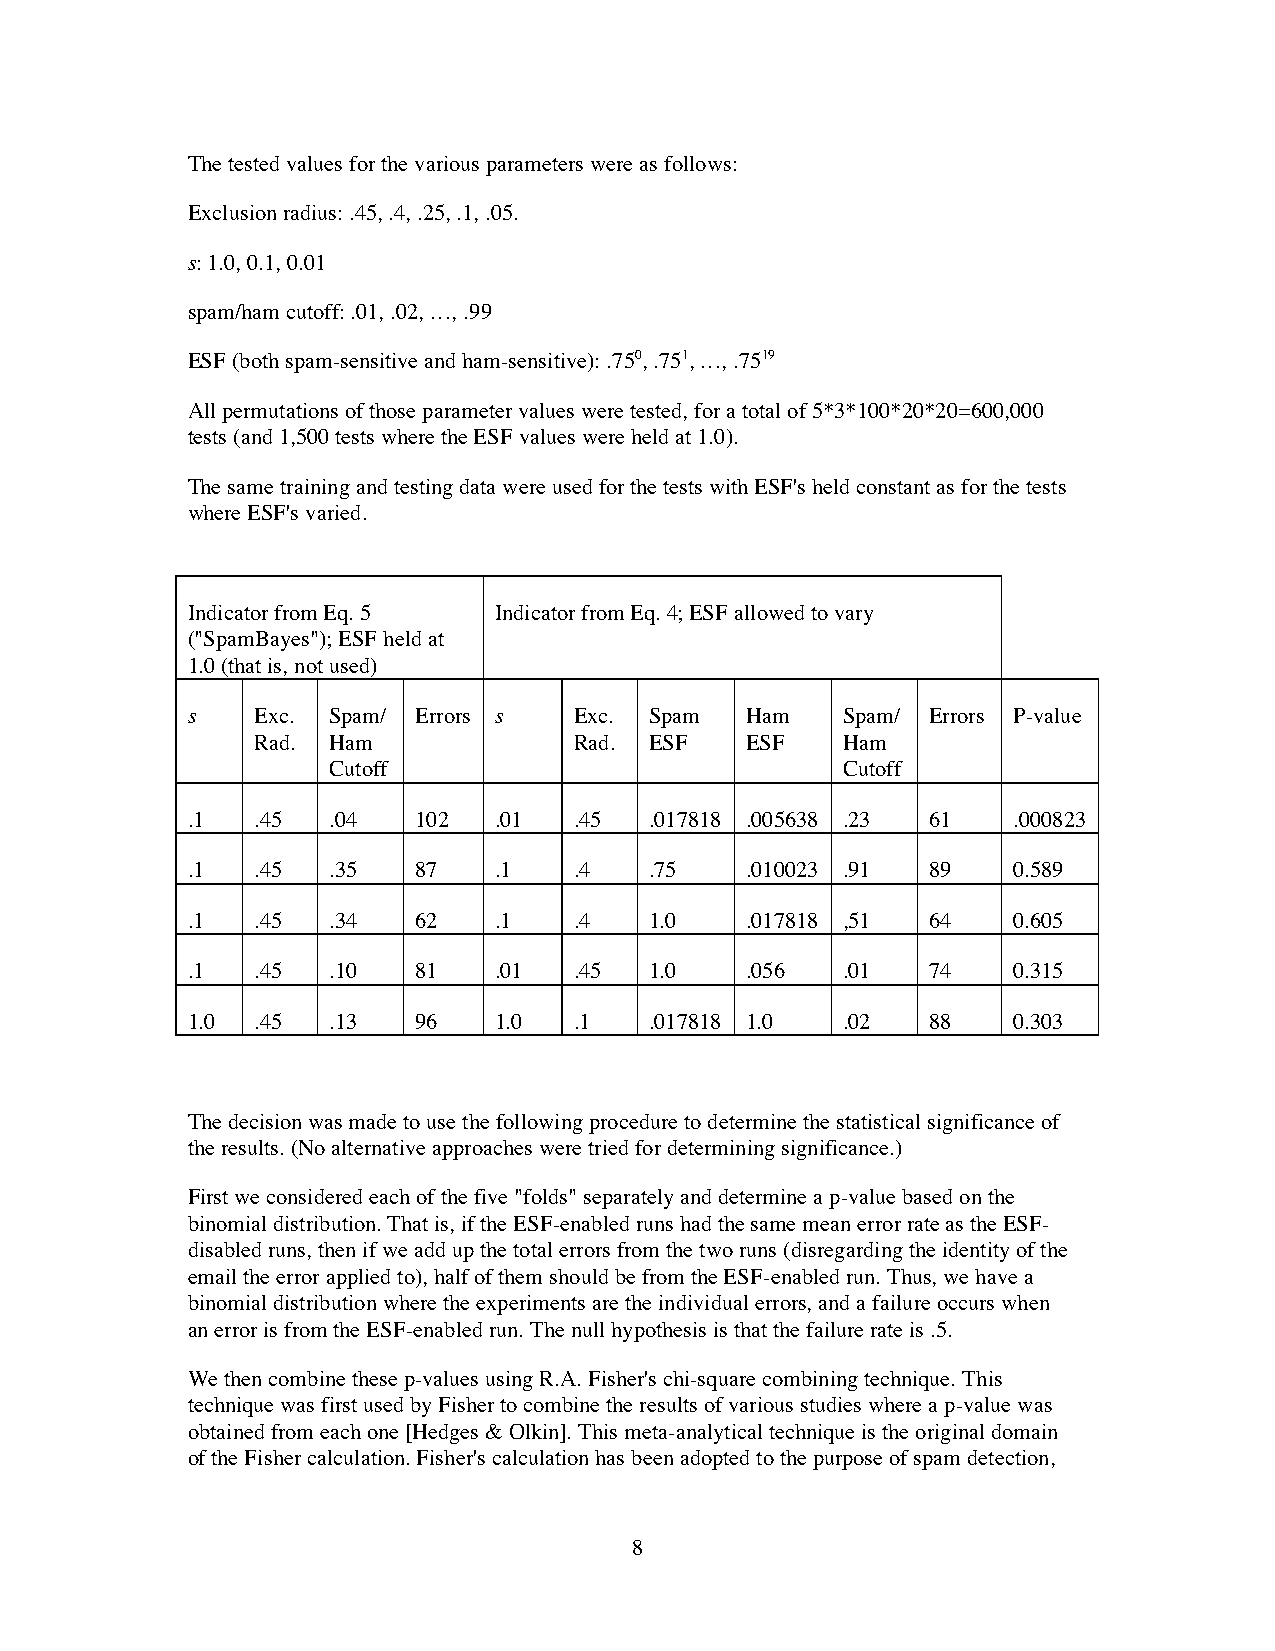
The tested values for the various parameters were as follows:
 Exclusion radius: .45, .4, .25, .1, .05.
 s: 1.0, 0.1, 0.01
 spam/ham cutoff: .01, .02, …, .99
 ESF (both spam-sensitive and ham-sensitive): .750, .751, …, .7519
 All permutations of those parameter values were tested, for a total of 5*3*100*20*20=600,000
 tests (and 1,500 tests where the ESF values were held at 1.0).
 The same training and testing data were used for the tests with ESF's held constant as for the tests
 where ESF's varied.
 Indicator from Eq. 5 Indicator from Eq. 4; ESF allowed to vary
 ("SpamBayes"); ESF held at
 1.0 (that is, not used)
 s    Exc. Spam/ Errors s  Exc. Spam  Ham    Spam/ Errors P-value
 Rad. Ham             Rad. ESF   ESF    Ham
 Cutoff                            Cutoff
 .1   .45  .04  102   .01  .45  .017818 .005638 .23 61  .000823
 .1   .45  .35  87    .1   .4   .75   .010023 .91 89    0.589
 .1   .45  .34  62    .1   .4   1.0   .017818 ,51 64    0.605
 .1   .45  .10  81    .01  .45  1.0   .056   .01  74    0.315
 1.0  .45  .13  96    1.0  .1   .017818 1.0  .02  88    0.303
 The decision was made to use the following procedure to determine the statistical significance of
 the results. (No alternative approaches were tried for determining significance.)
 First we considered each of the five "folds" separately and determine a p-value based on the
 binomial distribution. That is, if the ESF-enabled runs had the same mean error rate as the ESF-
 disabled runs, then if we add up the total errors from the two runs (disregarding the identity of the
 email the error applied to), half of them should be from the ESF-enabled run. Thus, we have a
 binomial distribution where the experiments are the individual errors, and a failure occurs when
 an error is from the ESF-enabled run. The null hypothesis is that the failure rate is .5.
 We then combine these p-values using R.A. Fisher's chi-square combining technique. This
 technique was first used by Fisher to combine the results of various studies where a p-value was
 obtained from each one [Hedges & Olkin]. This meta-analytical technique is the original domain
 of the Fisher calculation. Fisher's calculation has been adopted to the purpose of spam detection,
 8